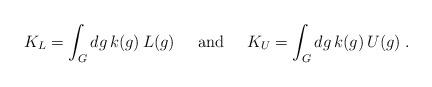
LaTeX: \begin{align*}K_L=\int_Gdg\, k(g)\,L(g)\;\;\;\;\;{\rm and}\;\;\;\;\;K_U=\int_Gdg\, k(g)\,U(g)\;.\end{align*}